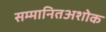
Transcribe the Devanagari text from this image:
सम्मानितअशोक